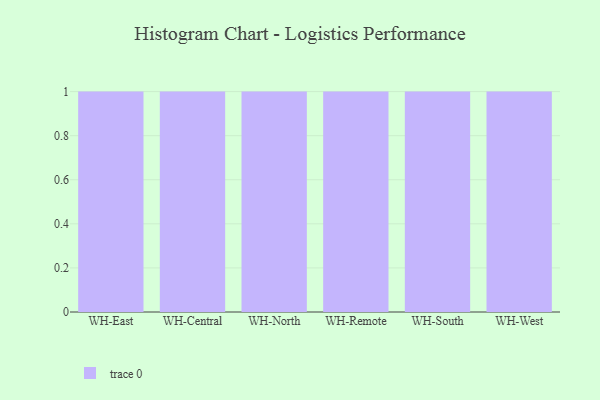
{"axis": {"x": "Warehouse", "y": "Churn Rate (%)"}, "legend": [""], "data": [{"x": "WH-East", "y": 68, "type": ""}, {"x": "WH-Central", "y": 92, "type": ""}, {"x": "WH-North", "y": 43, "type": ""}, {"x": "WH-Remote", "y": 97, "type": ""}, {"x": "WH-South", "y": 11, "type": ""}, {"x": "WH-West", "y": 36, "type": ""}]}